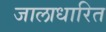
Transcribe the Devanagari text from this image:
जालाधारित